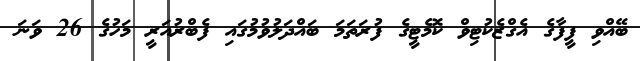
ބޭއްވި ފީފާގެ އެގްޒެކުޓިވް ކޮމެޓީގެ ފުރަތަމަ ބައްދަލުވުމުގައި ފެބްރުއަރީ މަހުގެ 26 ވަނަ